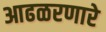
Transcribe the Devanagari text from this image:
आढळरणारे